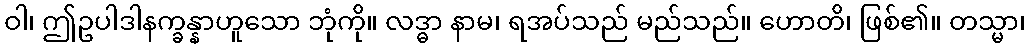
ဝါ၊ ဤဥပါဒါနက္ခန္နာဟူသော ဘုံကို။ လဒ္ဓာ နာမ၊ ရအပ်သည် မည်သည်။ ဟောတိ၊ ဖြစ်၏။ တသ္မာ၊